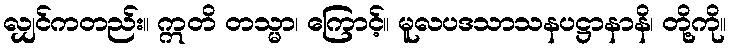
လျှင်ကတည်း။ ဣတိ တသ္မာ၊ ကြောင့်။ မူလပဒသာသနပဋ္ဌာနာနိ၊ တို့ကို။